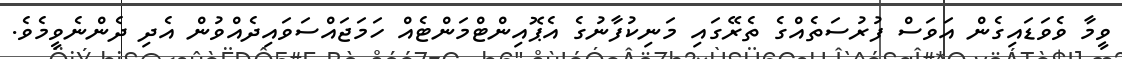
ވީމާ ވެވަޑައިގެން އަވަސް ފުރުސަތެއްގެ ތެރޭގައި މަނިކުފާނުގެ އެޕޮއިންޓްމަންޓެއް ހަމަޖައްސަވައިދެއްވުން އެދި ދެންނެވީމެވެ.